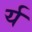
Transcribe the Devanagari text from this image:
र्य